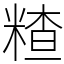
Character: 𥻗